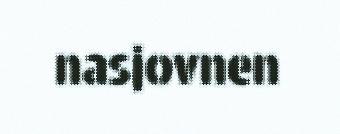
nasjovnen